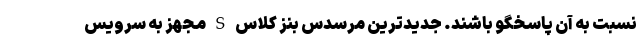
نسبت به آن پاسخگو باشند. جدیدترین مرسدس بنز کلاس S مجهز به سرویس